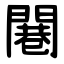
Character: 闀